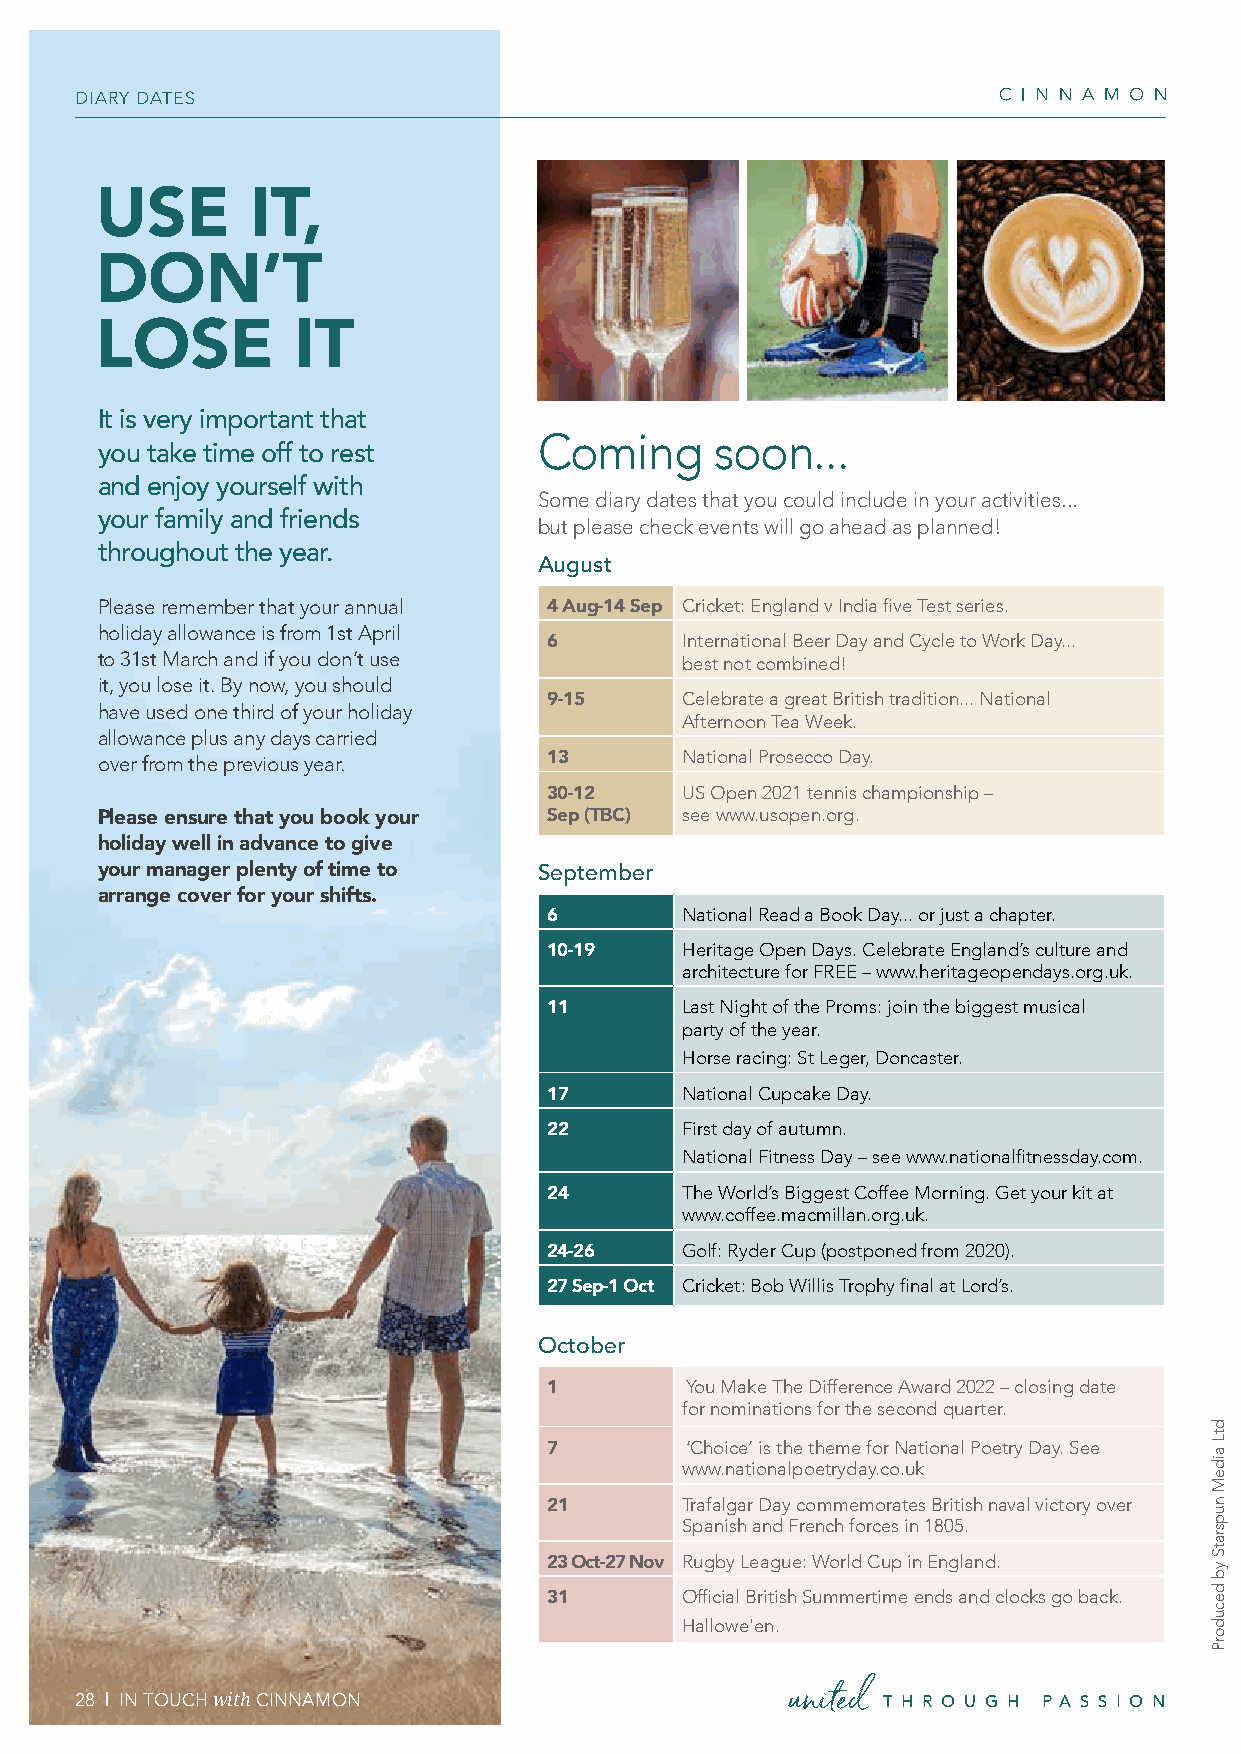
DIARY DATES
 USE        IT,
 DON’T
 LOSE         IT
 It is very important that
 Coming     soon...
 you take time off to rest
 and enjoy yourself with
 Some diary dates that you could include in your activities...
 your family and friends       but please check events will go ahead as planned!
 throughout the year.
 August
 Please remember that your annual 4 Aug-14 Sep Cricket: England v India five Test series.
 holiday allowance is from 1st April
 6        International Beer Day and Cycle to Work Day...
 to 31st March and if you don’t use     best not combined!
 it, you lose it. By now, you should
 9-15     Celebrate a great British tradition... National
 have used one third of your holiday
 Afternoon Tea Week.
 allowance plus any days carried
 over from the previous year.  13       National Prosecco Day.
 30-12    US Open 2021 tennis championship –
 Please ensure that you book your Sep (TBC) see www.usopen.org.
 holiday well in advance to give
 your manager plenty of time to September
 arrange cover for your shifts.
 6        National Read a Book Day... or just a chapter.
 10-19    Heritage Open Days. Celebrate England’s culture and
 architecture for FREE – www.heritageopendays.org.uk.
 11       Last Night of the Proms: join the biggest musical
 party of the year.
 Horse racing: St Leger, Doncaster.
 17       National Cupcake Day.
 22       First day of autumn.
 National Fitness Day – see www.nationalfitnessday.com.
 24       The World’s Biggest Coffee Morning. Get your kit at
 www.coffee.macmillan.org.uk.
 24-26    Golf: Ryder Cup (postponed from 2020).
 27 Sep-1 Oct Cricket: Bob Willis Trophy final at Lord’s.
 October
 1        You Make The Difference Award 2022 – closing date
 for nominations for the second quarter.
 7        ‘Choice’ is the theme for National Poetry Day. See
 www.nationalpoetryday.co.uk
 21       Trafalgar Day commemorates British naval victory over
 Spanish and French forces in 1805.
 23 Oct-27 Nov Rugby League: World Cup in England.
 31       Official British Summertime ends and clocks go back.
 Hallowe'en.
 28 | IN TOUCH with CINNAMON                    united T H R O U G H P A S S I O N
 dtL
 aideM
 nupsratS
 yb
 decudorP